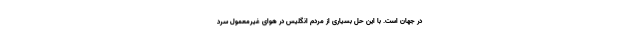
در جهان است. با این حل بسیاری از مردم انگلیس در هوای غیرمعمول سرد